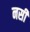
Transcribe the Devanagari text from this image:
नसी